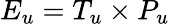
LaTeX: E_{u}=T_{u}\times P_{u}